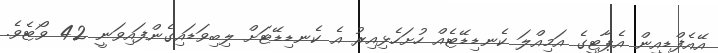
އޭއެފްޑީއިން އެޕާޓީގެ އަމިއްލަ ކެނޑިޑޭޓެއް ހުށަހެޅިއިރު އެ ކެނޑިޑޭޓަށް ލިބިވަޑައިގެންފައިވަނީ 42 ވޯޓެވެ.